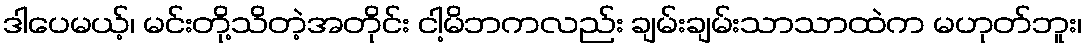
ဒါပေမယ့်၊ မင်းတို့သိတဲ့အတိုင်း ငါ့မိဘကလည်း ချမ်းချမ်းသာသာထဲက မဟုတ်ဘူး၊